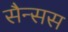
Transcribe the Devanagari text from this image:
सैन्सस